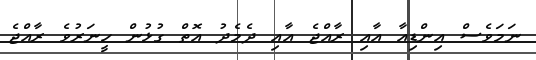
ނަމަވެސް އިންޑިއާ އާއި ރާއްޖެ އާއި ދެމެދު އޮތް ގުޅުން ހީނަރުވެ ރާއްޖެ